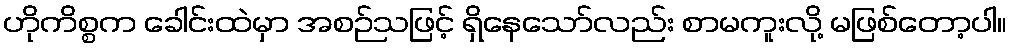
ဟိုကိစ္စက ခေါင်းထဲမှာ အစဉ်သဖြင့် ရှိနေသော်လည်း စာမကူးလို့ မဖြစ်တော့ပါ။